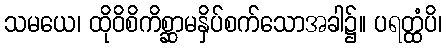
သမယေ၊ ထိုဝိစိကိစ္ဆာမနှိပ်စက်သောအခါ၌။ ပရတ္ထံပိ၊